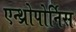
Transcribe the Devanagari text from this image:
एन्थ्रोपोर्निस